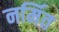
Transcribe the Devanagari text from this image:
नर्मित